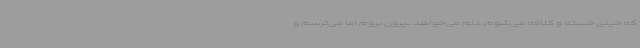
که خیلی خسته و کلافه می‌شوم، دلم می‌خواهد بیرون بروم اما می‌ترسم و